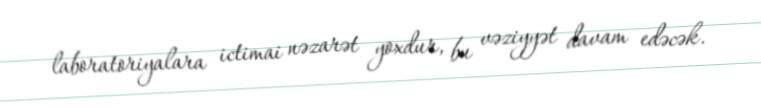
laboratoriyalara ictimai nəzarət yoxdur, bu vəziyyət davam edəcək.